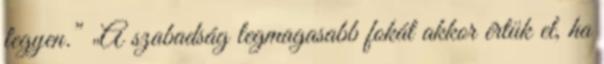
legyen.” „A szabadság legmagasabb fokát akkor értük el, ha